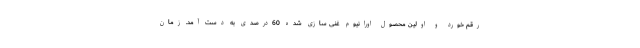
رقم خورد و اولین محصول اورانیوم غنی سازی شده 60درصدی به دست آمد. زمان